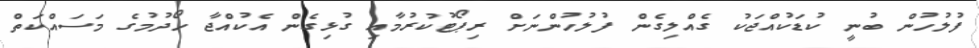
ފުލުހުން ބުނީ ކުޑަކުއްޖަކު ގެއްލިގެން ފުލުހުންނަށް ރިޕޯޓުކުރުމާއި ގުޅިގެން އެކުއްޖާ ހޯދުމުގެ މަސައްކަތް